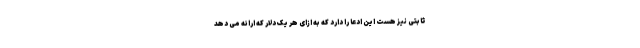
ثابتی نیز هست این ادعا را دارد که به ازای هر یک دلار که ارائه می دهد